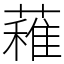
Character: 䕌